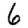
Digit: 6